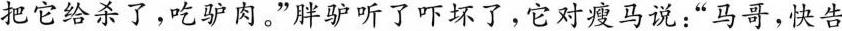
把它给杀了，吃驴肉。”胖驴听了吓坏了，它对瘦马说：”马哥，快告